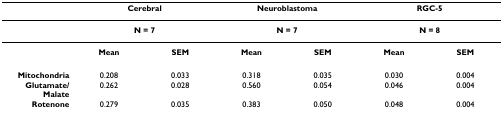
|  | <COLSPAN=2> Cerebral | <COLSPAN=2> Neuroblastoma | <COLSPAN=2> RGC-5 |
 | --- | --- | --- | --- | --- | --- | --- |
 |  | <COLSPAN=2> N = 7 | <COLSPAN=2> N = 7 | <COLSPAN=2> N = 8 |
 |  | Mean | SEM | Mean | SEM | Mean | SEM |
 | Mitochondria | 0.208 | 0.033 | 0.318 | 0.035 | 0.030 | 0.004 |
 | Glutamate/Malate | 0.262 | 0.028 | 0.560 | 0.054 | 0.046 | 0.004 |
 | Rotenone | 0.279 | 0.035 | 0.383 | 0.050 | 0.048 | 0.004 |